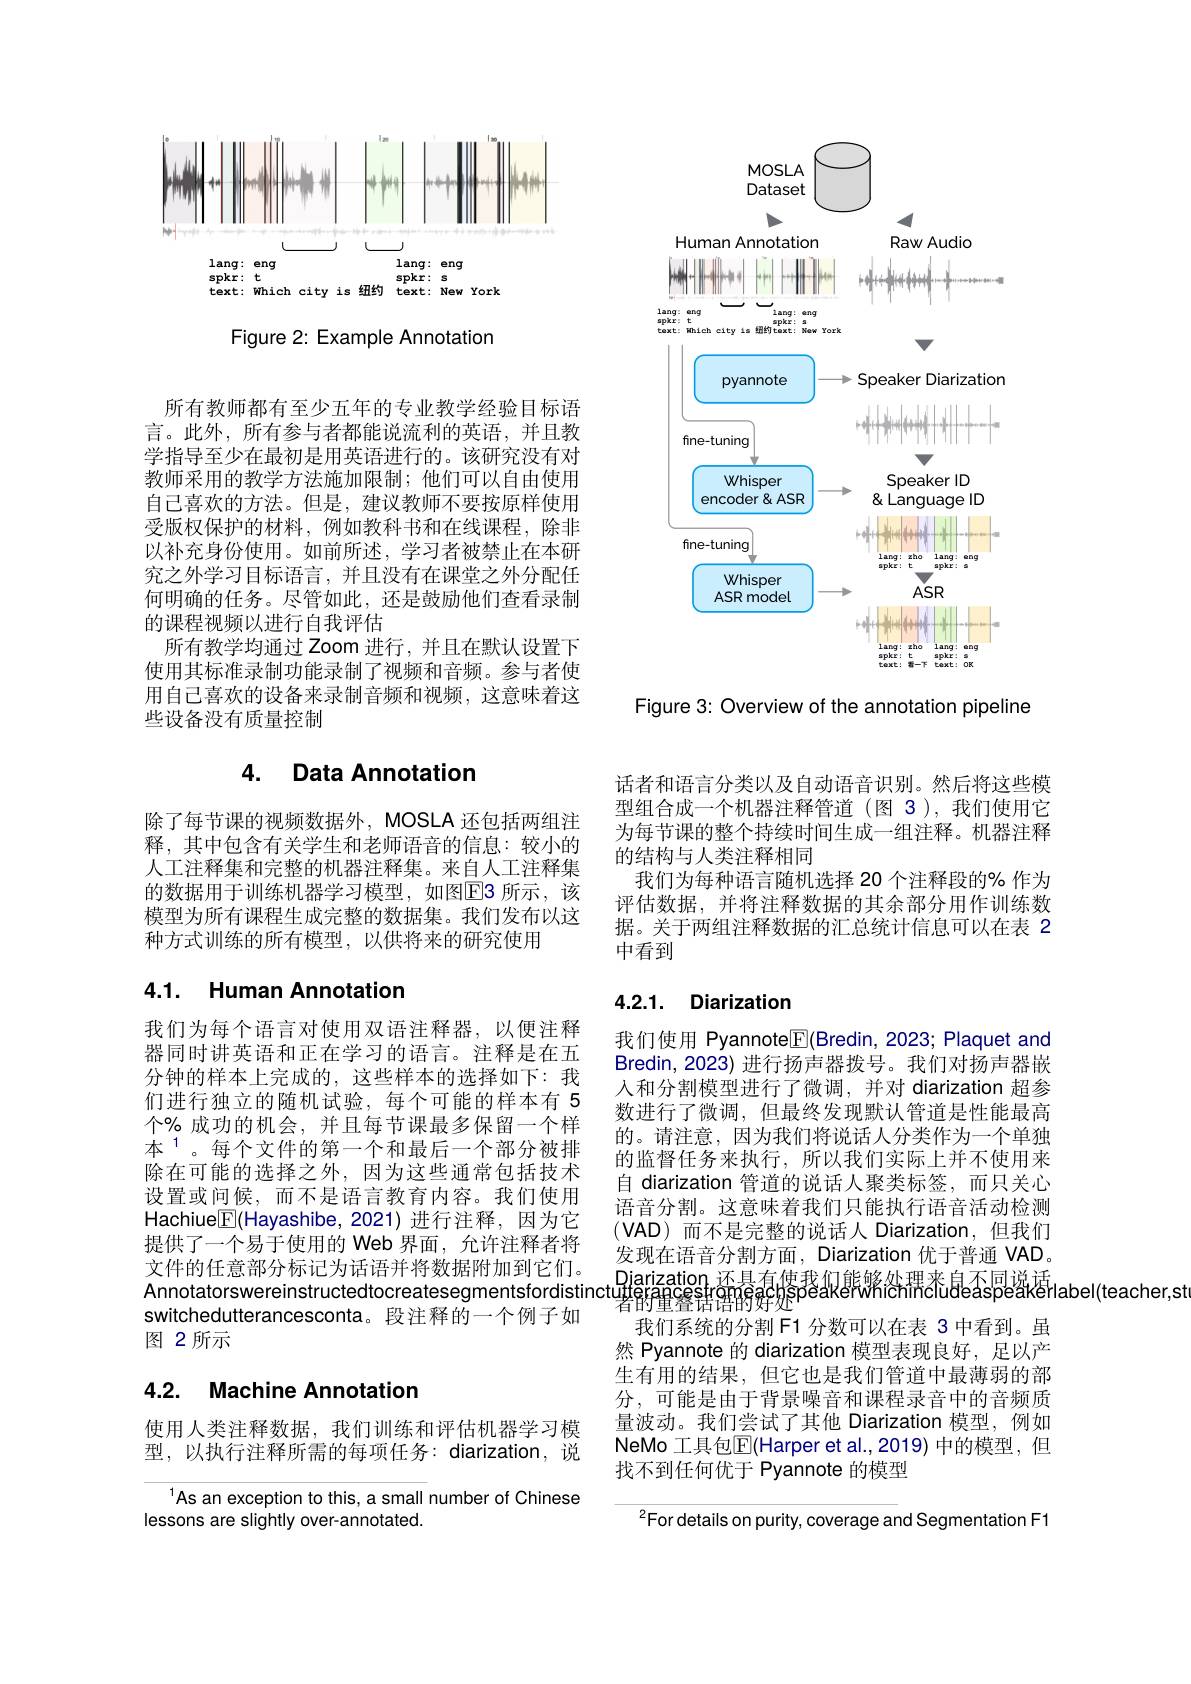
<FigureHere>

Figure 2: Example Annotation

<FigureHere>

Figure 3: Overview of the annotation pipeline

所有教师都有至少五年的专业教学经验目标语言。此外，所有参与者都能说流利的英语，并且教学指导至少在最初是用英语进行的。该研究没有对教师采用的教学方法施加限制；他们可以自由使用自己喜欢的方法。但是，建议教师不要按原样使用受版权保护的材料，例如教科书和在线课程，除非以补充身份使用。如前所述，学习者被禁止在本研究之外学习目标语言，并且没有在课堂之外分配任何明确的任务。尽管如此，还是鼓励他们查看录制的课程视频以进行自我评估
所有教学均通过 Zoom 进行，并且在默认设置下使用其标准录制功能录制了视频和音频。参与者使用自己喜欢的设备来录制音频和视频，这意味着这些设备没有质量控制

# 4. Data Annotation

除了每节课的视频数据外，MOSLA 还包括两组注释，其中包含有关学生和老师语音的信息：较小的人工注释集和完整的机器注释集。来自人工注释集的数据用于训练机器学习模型，如图$\overline{\mathrm{E}}$3 所示，该模型为所有课程生成完整的数据集。我们发布以这种方式训练的所有模型，以供将来的研究使用

### 4.1. Human Annotation

我们为每个语言对使用双语注释器，以便注释器同时讲英语和正在学习的语言。注释是在五分钟的样本上完成的，这些样本的选择如下：我们进行独立的随机试验，每个可能的样本有 5个% 成功的机会，并且每节课最多保留一个样本$^{1}$。每个文件的第一个和最后一个部分被排除在可能的选择之外，因为这些通常包括技术设置或问候，而不是语言教育内容。我们使用Hachiue$\boxed{\mathbb{F}}($Hayashibe,2021)进行注释，因为它提供了一个易于使用的 Web 界面，允许注释者将文件的任意部分标记为话语并将数据附加到它们。$\overset{\text{及现在口自力割力面，}}{\operatorname*{\operatorname*{\operatorname*{\text{Diarization 环具有使我们能够怂摆来自丕同说话}}}}}$Annotatorswereinstructedtocreatesegmentsfordistinctu$\underset\text{若得得堡器曾明解解是}{\operatorname*{\operatorname*{u\text{若得理整器聘的解好处}peakeww\text{总h需cheel}}}}$easpeäk语rabel(teacher,st
switchedutterancesconta。段注释的一个例子如
图 2所示

# 4.2. Machine Annotation

使用人类注释数据，我们训练和评估机器学习模型，以执行注释所需的每项任务：diarization,说

$^{1}$As an exception to this, a small number of Chinese
lessons are slightly over-annotated

话者和语言分类以及自动语音识别。然后将这些模型组合成一个机器注释管道 (图 3),我们使用它为每节课的整个持续时间生成一组注释。机器注释的结构与人类注释相同
我们为每种语言随机选择 20 个注释段的% 作为评估数据，并将注释数据的其余部分用作训练数据。关于两组注释数据的汇总统计信息可以在表 2中看到

### 4.2.1. Diarization

我们使用 Pyannote$\boxed{\mathrm{F}}($Bredin, 2023; Plaquet and Bredin, 2023) 进行扬声器拨号。我们对扬声器嵌人和分割模型进行了微调，并对 diarization 超参数进行了微调，但最终发现默认管道是性能最高的。请注意，因为我们将说话人分类作为一个单独的监督任务来执行，所以我们实际上并不使用来自 diarization 管道的说话人聚类标签，而只关心语音分割。这意味着我们只能执行语音活动检测$(\mathsf{VAD})$而不是完整的说话人 Diarization,但我们发现在语音分割方面，Diarization 优于普通 VAD。
我们系统的分割 F1 分数可以在表 3 中看到。虽然 Pyannote 的 diarization 模型表现良好，足以产生有用的结果，但它也是我们管道中最薄弱的部分，可能是由于背景噪音和课程录音中的音频质量波动。我们尝试了其他 Diarization 模型，例如NeMo 工具包$\overline{\mathbb{E}}($Harper et al.,2019) 中的模型，但找不到任何优于 Pyannote 的模型

$^{2}$For details on purity, coverage and Segmentation F1